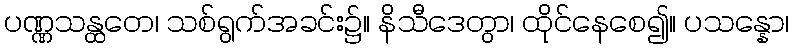
ပဏ္ဏသန္ထတေ၊ သစ်ရွက်အခင်း၌။ နိသီဒေတွာ၊ ထိုင်နေစေ၍။ ပသန္နော၊